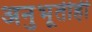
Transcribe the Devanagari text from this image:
अनुभूतीही